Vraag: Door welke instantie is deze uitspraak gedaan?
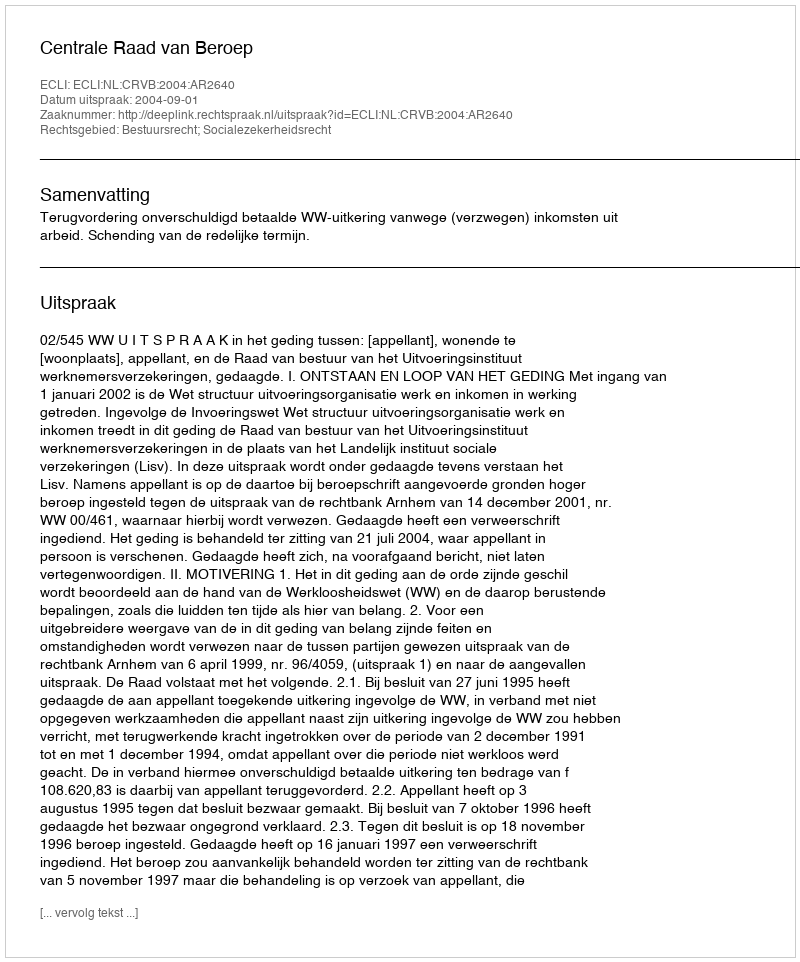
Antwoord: Centrale Raad van Beroep